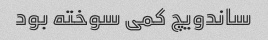
ساندویچ کمی سوخته بود